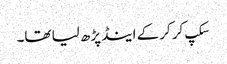
سکپ کر کر کے اینڈ پڑھ لیا تھا۔